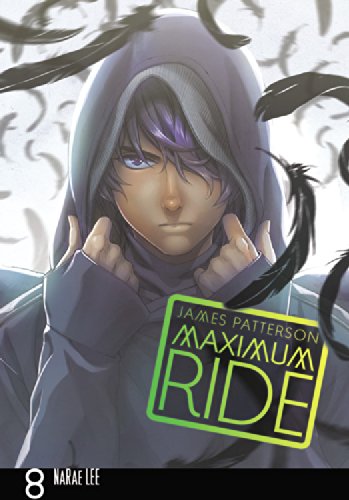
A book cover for Maximum Ride: The Manga, Vol. 8; James Patterson; Comics & Graphic Novels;